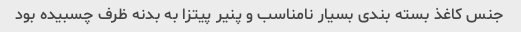
جنس کاغذ بسته بندی بسیار نامناسب و پنیر پیتزا به بدنه ظرف چسبیده بود